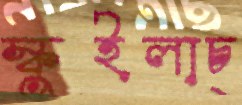
স্কুইলাচ্